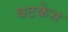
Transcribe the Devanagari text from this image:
घटकेस